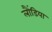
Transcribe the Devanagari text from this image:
लौंडिया